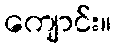
ကျောင်း။